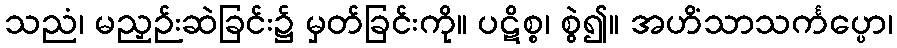
သညံ၊ မညှဉ်းဆဲခြင်း၌ မှတ်ခြင်းကို။ ပဋိစ္စ၊ စွဲ၍။ အဟိံသာသင်္ကပ္ပော၊